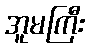
အူမကြီး